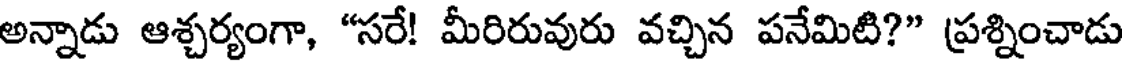
అన్నాడు ఆశ్చర్యంగా, "సరే! మీరిరువురు వచ్చిన పనేమిటి?" ప్రశ్నించాడు